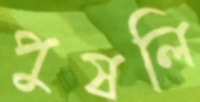
পুষলি